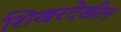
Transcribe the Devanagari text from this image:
शिखरदेखील